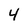
Character: 4